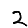
Digit: 2